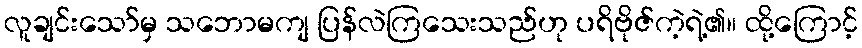
လူချင်းသော်မှ သဘောမကျ ပြန်လဲကြသေးသည်ဟု ပရိဗိုဇ်ကဲ့ရဲ့၏။ ထို့ကြောင့်